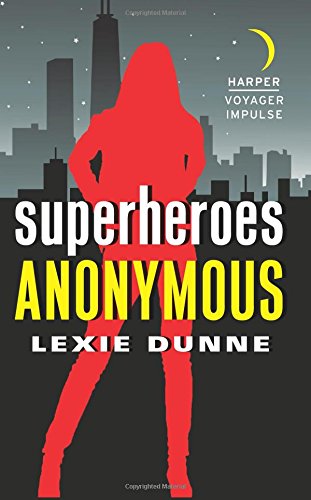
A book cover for Superheroes Anonymous; Lexie Dunne; Science Fiction & Fantasy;